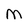
Character: M